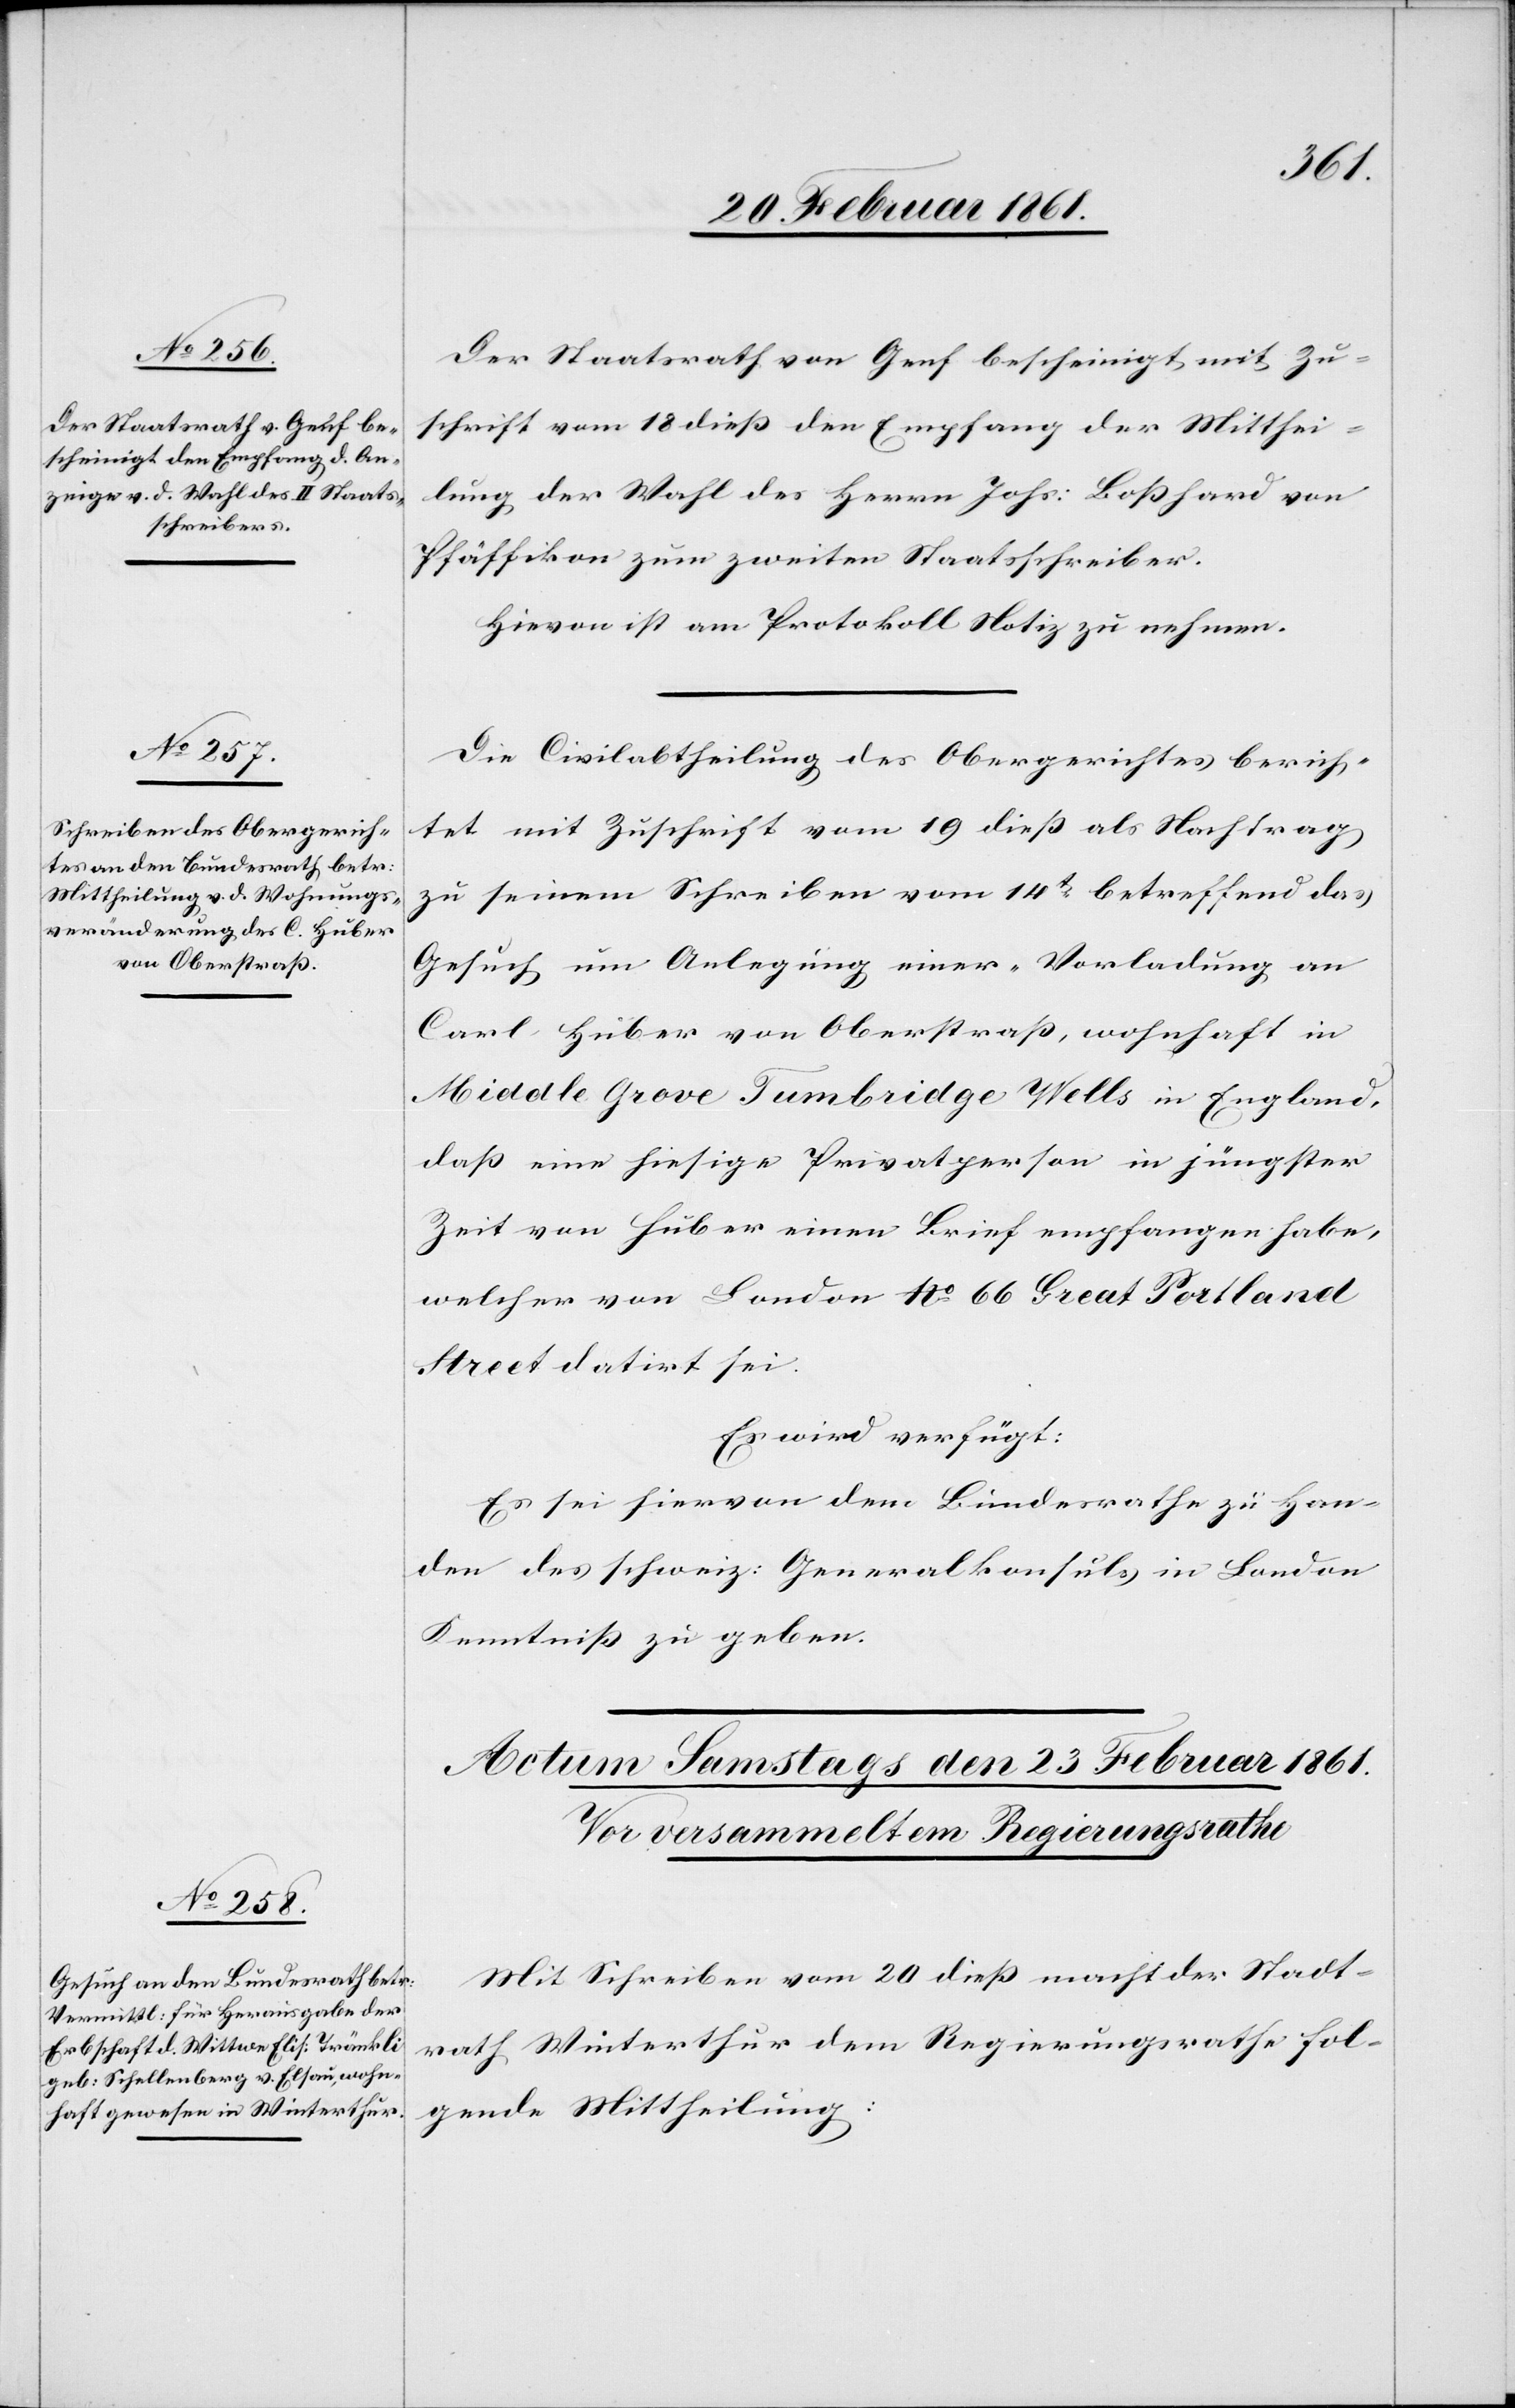
22. Februar 1861.]
Der Staatsrath von Genf bescheinigt mit Zu¬
schrift vom 18. diess den Empfang der Mitthei¬
lung der Wahl des Herrn Johs: Bosshard von
Pfäffikon zum zweiten Staatsschreiber.
Hievon ist am Protokoll Notiz zu nehmen.
Die Civilabtheilung des Obergerichtes berich¬
tet mit Zuschrift vom 19 diess als Nachtrag
zu seinem Schreiben vom 14t betreffend das
Gesuch um Anlegung einer „Vorladung an
Carl Huber von Oberstrass, wohnhaft in
Middle Grove Tumbridge Wells in England[“],
dass eine hiesige Privatperson in jüngster
Zeit von Huber einen Brief empfangen habe,
welcher von London No 66 Great Portland
Street datirt sei.
Es wird verfügt:
Es sei hiervon dem Bundesrathe zu Han¬
den des schweiz: Generalkonsuls in London
Kenntniss zu geben.
Mit Schreiben vom 20 diess macht der Stadt¬
rath Winterthur dem Regierungsrathe fol¬
gende Mittheilung: